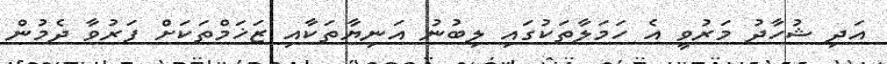
އަދި ޝުހާދު މަރުވީ އެ ހަމަލާތަކުގައި ލިބުނު އަނިޔާތަކާއި ޒަޚަމްތަކަށް ފަރުވާ ދެމުން